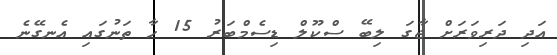
އަދި ދަރިވަރަށް ޖާގަ ލިބޭ ސްކޫލް ޑިސެމްބަރު 15 ހާ ތަނުގައި އެނގޭނެ